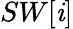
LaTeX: SW[\mathit{i}]